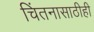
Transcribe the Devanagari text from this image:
चिंतनासाठीही